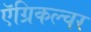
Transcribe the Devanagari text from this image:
ऍग्रिकल्चर